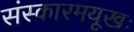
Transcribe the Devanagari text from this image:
संस्कारमयूखः